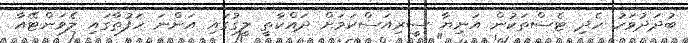
ބުދަދުވަހު ހެދި ޓެސްތަކުން އަނިޔާ ސީރިއަސްކަމަށް ދައްކާތީ ލީގުގައި އަންނަ ހަފުތާގައި ލެވަންޓޭއާ